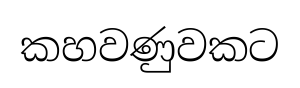
කහවණුවකට